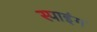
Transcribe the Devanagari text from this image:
स्पाइंग